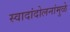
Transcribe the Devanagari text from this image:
स्वादांदोलनांमुळे